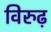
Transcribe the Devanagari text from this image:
विरुढ़